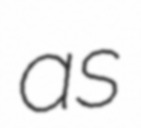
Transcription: as